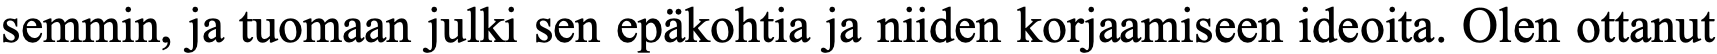
semmin, ja tuomaan julki sen epäkohtia ja niiden korjaamiseen ideoita. Olen ottanut